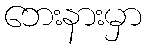
ဘေးနားမှာ